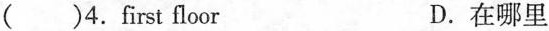
( )4.first floor D.在哪里